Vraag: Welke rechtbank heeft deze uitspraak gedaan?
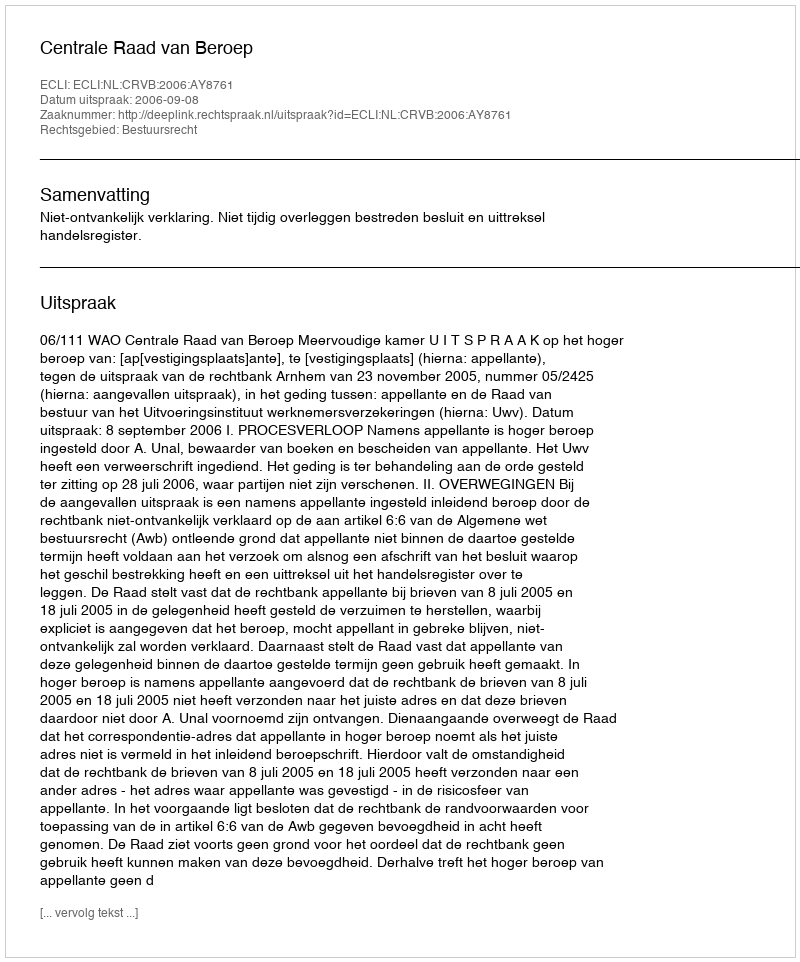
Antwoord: Centrale Raad van Beroep